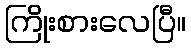
ကြိုးစားလေပြီ။